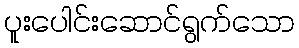
ပူးပေါင်းဆောင်ရွက်သော